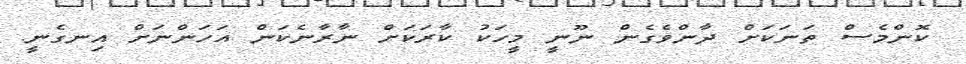
ކޮންމެސް ތަނަކަށް ދާންވެގެން ނޫނީ މީހަކު ކާރަކަށް ނާރާނެކަން އަހަންނަށް އިނގެނީ.